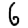
Digit: 6